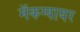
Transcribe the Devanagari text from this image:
मॅकग्वायर